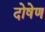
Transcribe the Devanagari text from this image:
दोषेण